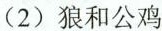
(2)狼和公鸡